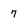
Character: 7